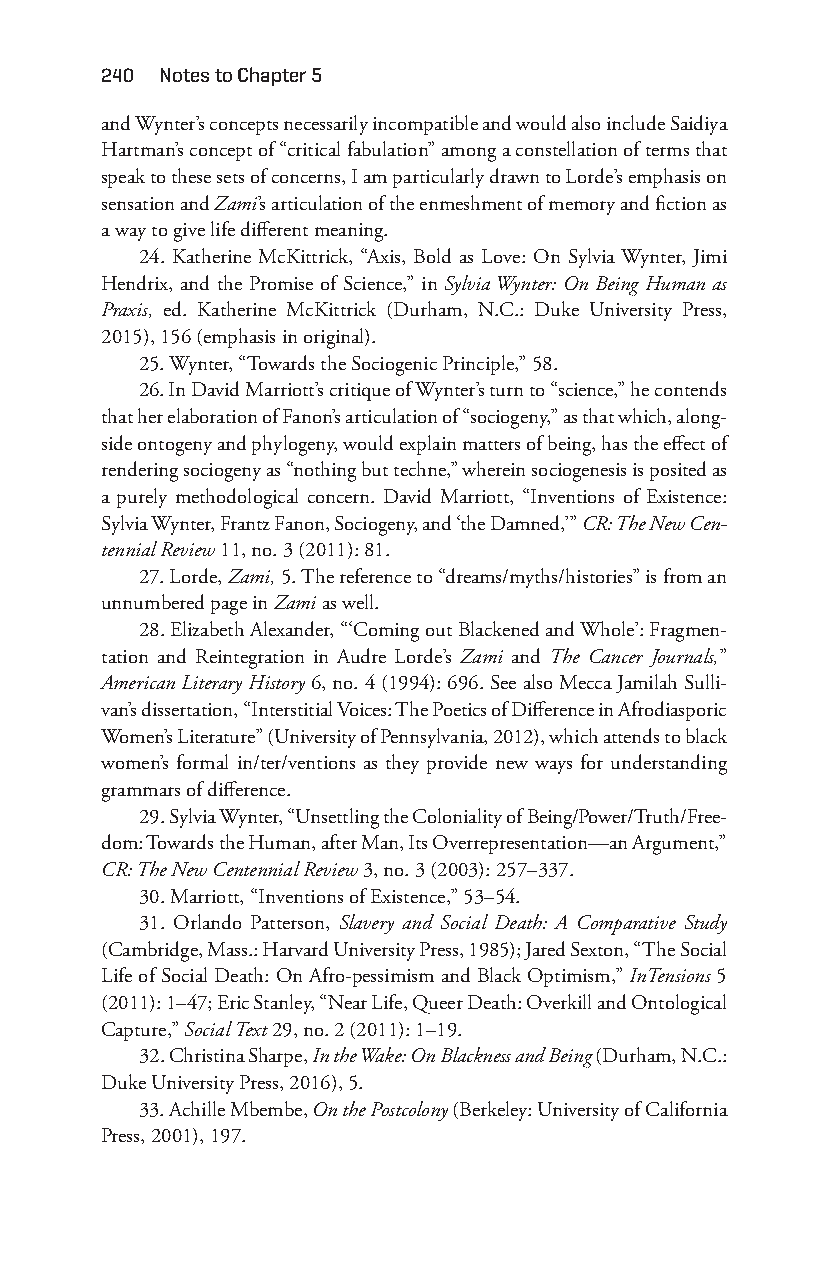
240 notes to chapter 5
 and Wynter’s concepts necessarily incompatible and would also include Saidiya
 Hartman’s concept of “critical fabulation” among a constellation of terms that
 speak to these sets of concerns, I am particularly drawn to Lorde’s emphasis on
 sensation and Zami’s articulation of the enmeshment of memory and fiction as
 a way to give life different meaning.
 24. Katherine McKittrick, “Axis, Bold as Love: On Sylvia Wynter, Jimi
 Hendrix, and the Promise of Science,” in Sylvia Wynter: On Being Human as
 Praxis, ed. Katherine McKittrick (Durham, N.C.: Duke University Press,
 2015), 156 (emphasis in original).
 25. Wynter, “Towards the Sociogenic Principle,” 58.
 26. In David Marriott’s critique of Wynter’s turn to “science,” he contends
 that her elaboration of Fanon’s articulation of “sociogeny,” as that which, along-
 side ontogeny and phylogeny, would explain matters of being, has the effect of
 rendering sociogeny as “nothing but techne,” wherein sociogenesis is posited as
 a purely methodological concern. David Marriott, “Inventions of Existence:
 Sylvia Wynter, Frantz Fanon, Sociogeny, and ‘the Damned,’” CR: The New Cen-
 tennial Review 11, no. 3 (2011): 81.
 27. Lorde, Zami, 5. The reference to “dreams/myths/histories” is from an
 unnumbered page in Zami as well.
 28. Elizabeth Alexander, “‘Coming out Blackened and Whole’: Fragmen-
 tation and Reintegration in Audre Lorde’s Zami and The Cancer Journals,”
 American Literary History 6, no. 4 (1994): 696. See also Mecca Jamilah Sulli-
 van’s dissertation, “Interstitial Voices: The Poetics of Difference in Afrodiasporic
 Women’s Literature” (University of Pennsylvania, 2012), which attends to black
 women’s formal in/ter/ventions as they provide new ways for understanding
 grammars of difference.
 29. Sylvia Wynter, “Unsettling the Coloniality of Being/Power/Truth/Free-
 dom: Towards the Human, after Man, Its Overrepresentation— an Argument,”
 CR: The New Centennial Review 3, no. 3 (2003): 257– 337.
 30. Marriott, “Inventions of Existence,” 53– 54.
 31. Orlando Patterson, Slavery and Social Death: A Comparative Study
 (Cambridge, Mass.: Harvard University Press, 1985); Jared Sexton, “The Social
 Life of Social Death: On Afro- pessimism and Black Optimism,” InTensions 5
 (2011): 1– 47; Eric Stanley, “Near Life, Queer Death: Overkill and Ontological
 Capture,” Social Text 29, no. 2 (2011): 1– 19.
 32. Christina Sharpe, In the Wake: On Blackness and Being (Durham, N.C.:
 Duke University Press, 2016), 5.
 33. Achille Mbembe, On the Postcolony (Berkeley: University of California
 Press, 2001), 197.
 Snorton.indd 240                            29/09/2017 8:41:13 AM